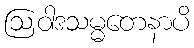
ဩဝါဒသမ္မတေနာပိ